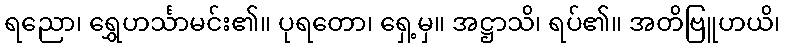
ရညော၊ ရွှေဟင်္သာမင်း၏။ ပုရတော၊ ရှေ့မှ။ အဋ္ဌာသိ၊ ရပ်၏။ အတိဗြူဟယိ၊